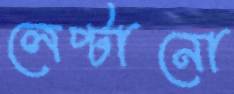
লেপ্টানো